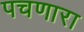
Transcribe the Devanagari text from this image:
पचणारा